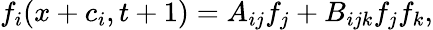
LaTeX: f_{i}(x+c_{i},t+1)=A_{ij}f_{j}+B_{ijk}f_{j}f_{k},